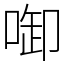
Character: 啣